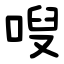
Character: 㖬